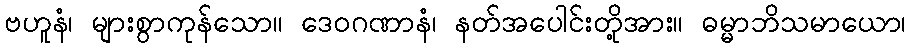
ဗဟူနံ၊ များစွာကုန်သော။ ဒေဝဂဏာနံ၊ နတ်အပေါင်းတို့အား။ ဓမ္မာဘိသမာယော၊